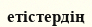
етістердің